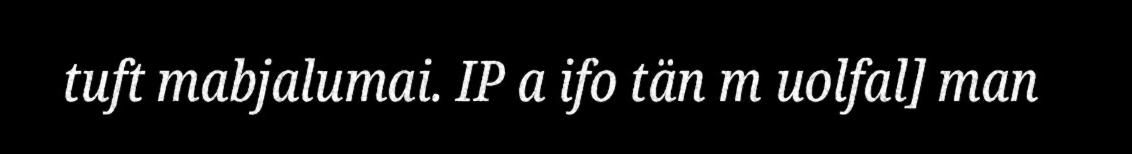
tuft mabjalumai. IP a ifo tän m uolfal] man